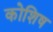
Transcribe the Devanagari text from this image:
कोशिष